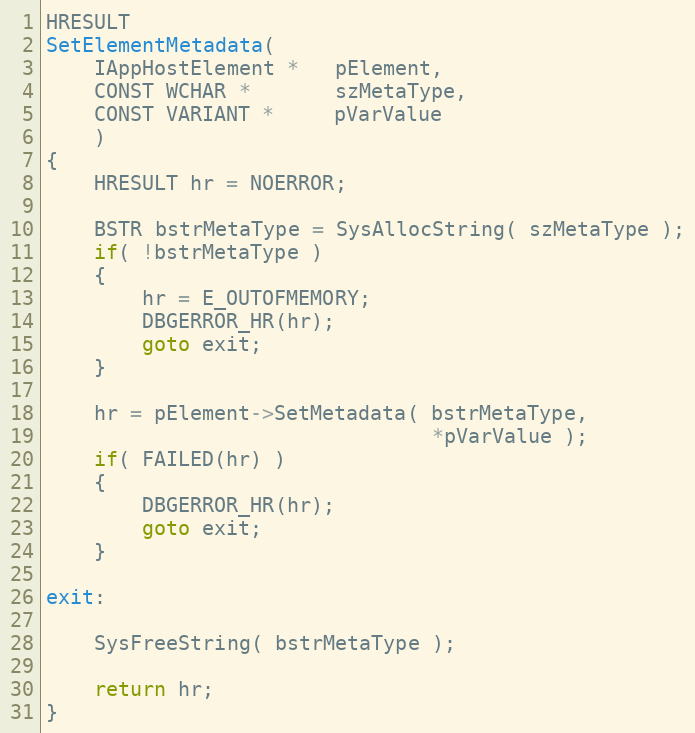
Language: C++
HRESULT
SetElementMetadata(
    IAppHostElement *   pElement,
    CONST WCHAR *       szMetaType,
    CONST VARIANT *     pVarValue
    )
{
    HRESULT hr = NOERROR;

    BSTR bstrMetaType = SysAllocString( szMetaType );
    if( !bstrMetaType )
    {
        hr = E_OUTOFMEMORY;
        DBGERROR_HR(hr);
        goto exit;
    }

    hr = pElement->SetMetadata( bstrMetaType,
                                *pVarValue );
    if( FAILED(hr) )
    {
        DBGERROR_HR(hr);
        goto exit;
    }

exit:

    SysFreeString( bstrMetaType );

    return hr;
}